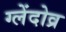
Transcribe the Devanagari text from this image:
ग्लेंदोव्र